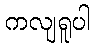
ကလျရူပါ